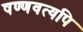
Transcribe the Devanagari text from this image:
षण्णवत्यपि